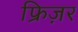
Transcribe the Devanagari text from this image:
फ्रिज़र